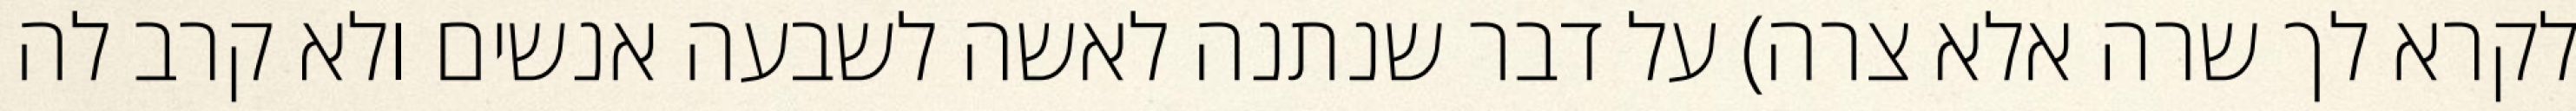
לקרא לך שרה אלא צרה) על דבר שנתנה לאשה לשבעה אנשים ולא קרב לה